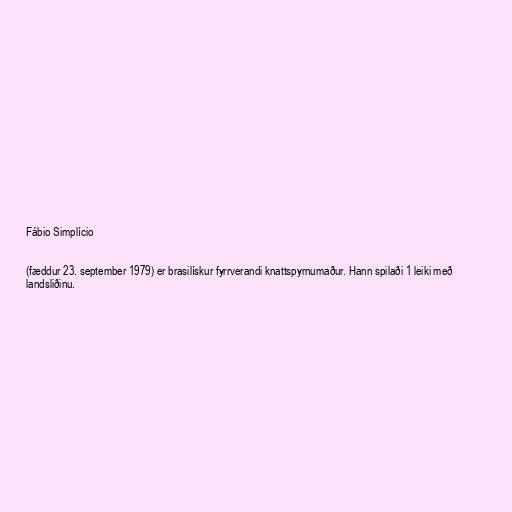
Fábio Simplício

(fæddur 23. september 1979) er brasilískur fyrrverandi knattspyrnumaður. Hann spilaði 1 leiki með
landsliðinu.